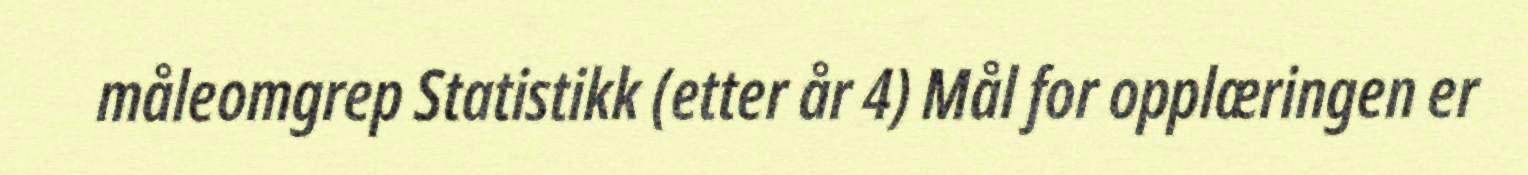
måleomgrep Statistikk (etter år 4) Mål for opplæringen er